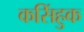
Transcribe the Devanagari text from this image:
कसिंहुक